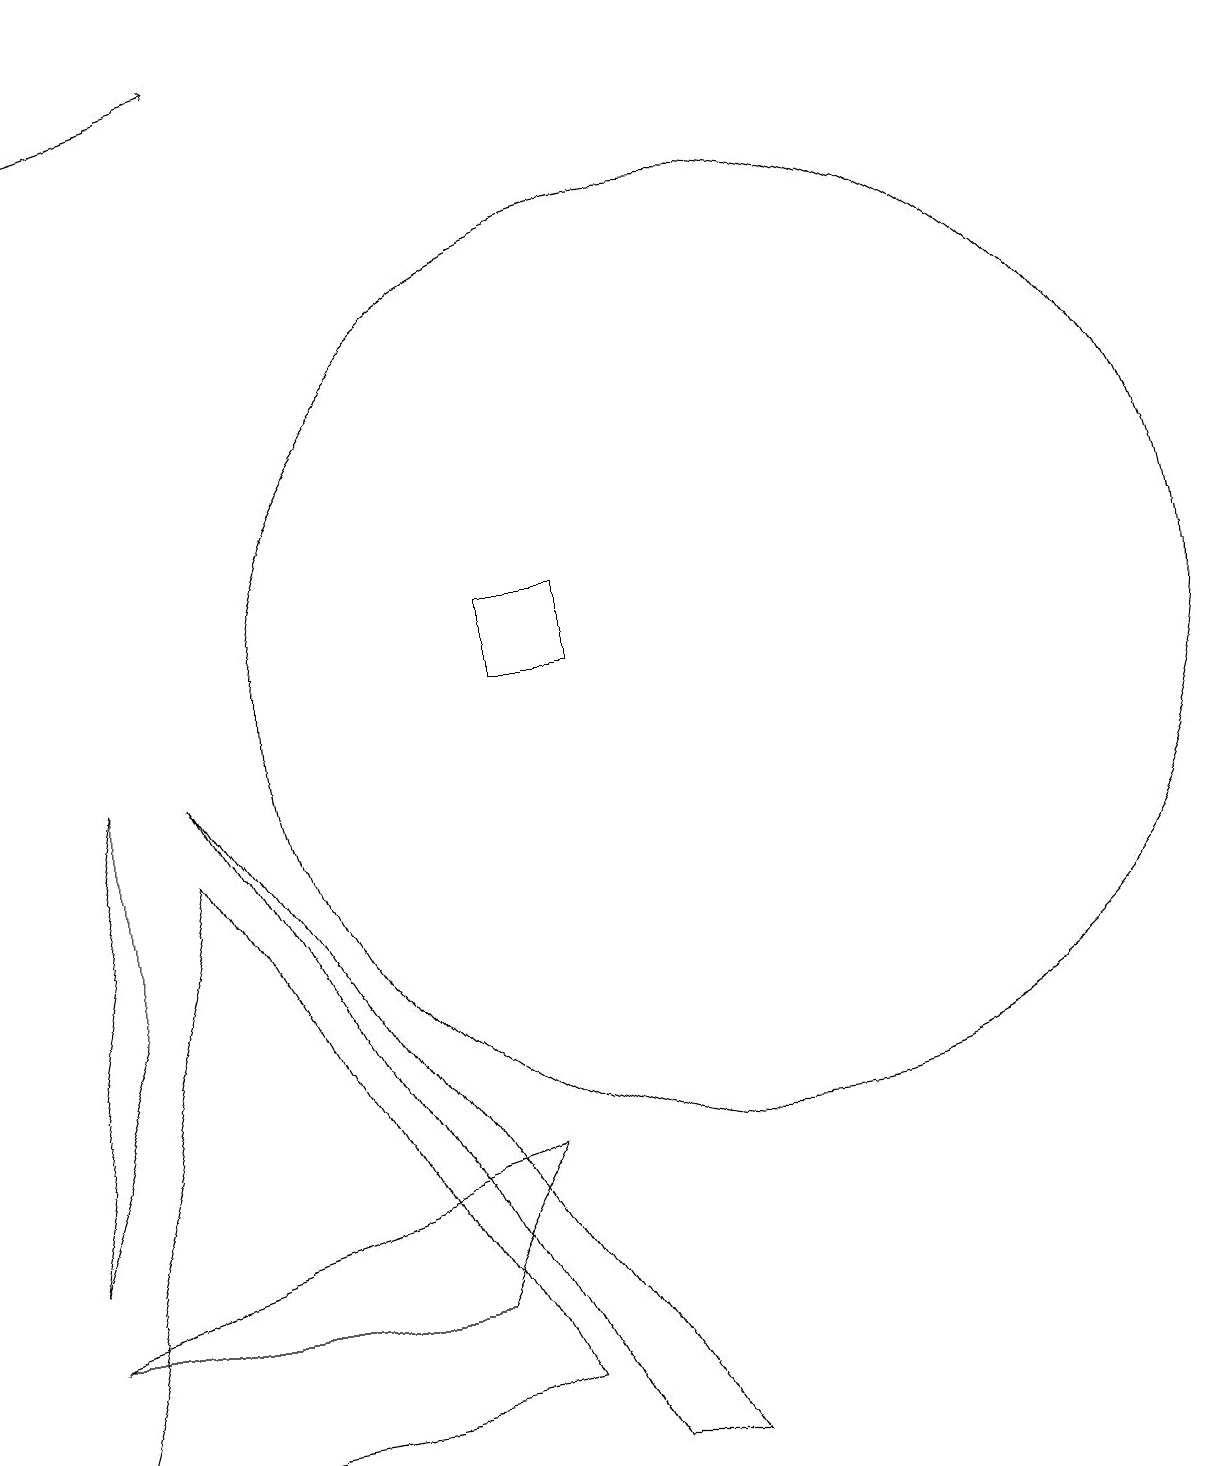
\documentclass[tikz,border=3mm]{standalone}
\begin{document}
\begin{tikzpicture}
\draw[->] (1,17) -- (4,18);
\draw (10,10) circle (6);
\draw (7,4) -- (1,2) -- (6,2) -- cycle;
\draw (1,3) -- (2,9) -- (2,6) -- cycle;
\draw (3,8) -- (1,0) -- (7,1) -- cycle;
\draw (8,11) rectangle (7,10);
\draw (9,0) -- (8,0) -- (3,9) -- cycle;
\draw (11,10) circle (0);
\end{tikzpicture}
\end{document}